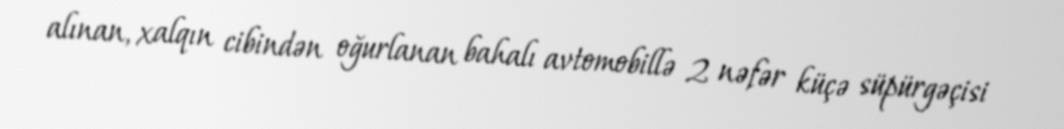
alınan, xalqın cibindən oğurlanan bahalı avtomobillə 2 nəfər küçə süpürgəçisi